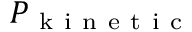
P _ { \mathrm { ~ k ~ i ~ n ~ e ~ t ~ i ~ c ~ } }